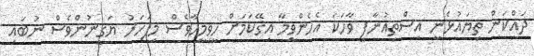
ދައްކަން ތިޔައުޅެނީ އިސްތިއުނާފީ ވާހަކަ އެހެންވީމާ އިގޭކަމަށް ހީވިމީހާވެސް މިފަހަރު ޔަޤީނުންވެސް ނުބައި